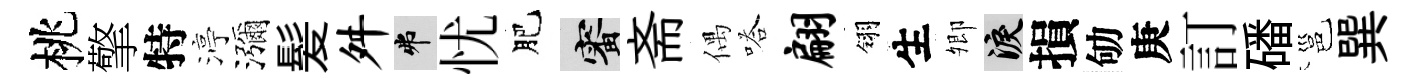
桃擎特渟瀰髪舛弗忧肥審斋偶嗒翩翎生𡖖泪損劬庚訂磻邕巽